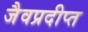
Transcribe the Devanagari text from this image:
जैवप्रदीप्त